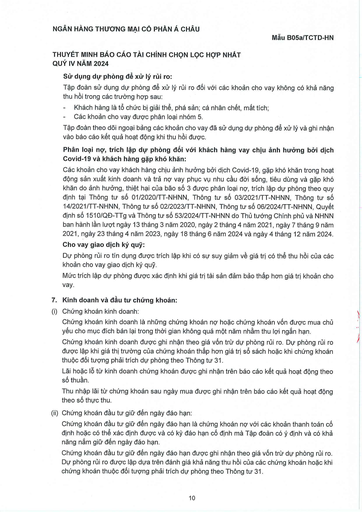
||Tập đoàn sử dụng dự phòng để xử lý rủi ro đối với các khoản cho vay không có khả năng thu hồi trong các trường hợp sau:| |---|---| ||- Khách hàng là tổ chức bị giải thể, phá sản; cá nhân chết, mất tích;| ||Các khoản cho vay được phân loại nhóm 5.| ||Tập đoàn theo dõi ngoại bảng các khoản cho vay đã sử dụng dự phòng để xử lý và ghi nhận vào báo cáo kết quả hoạt động khi thu hồi được.| ||Phân loại nợ, trích lập dự phòng đối với khách hàng chịu ảnh hưởng bởi dịch Covid-19 và khách hàng gặp khó khăn:| ||Các khoản cho vay khách hàng chịu ảnh hưởng bởi dịch Covid-19, gặp khó khăn trong hoạt động sản xuất kinh doanh và trả nợ vay phục vụ nhu cầu đời sống, tiêu dùng và gặp khó khăn do ảnh hưởng, thiệt hại của bão số 3 được phân loại nợ, trích lập dự phòng theo quy định tại Thông tư số 01/2020/TT-NHNN, Thông tư số 03/2021/TT-NHNN, Thông tư số 14/2021/TT-NHNN, Thông tư số 02/2023/TT-NHNN, Thông tư số 06/2024/TT-NHNN Quyết định số 1510/QĐ-TTg và Thông tư số 53/2024/TT-NHNN do Thủ tướng Chính phủ và NHNN ban hành lần lượt ngày 13 tháng 3 năm 2020, ngày 2 tháng 4 năm 2021, ngày 7 tháng 9 năm 2021, ngày 23 tháng 4 năm 2023, ngày 18 tháng 6 năm 2024 và ngày 4 tháng 12 năm 2024.| ||Cho vay giao dịch ký quỹ:| ||Dự phòng rủi ro tín dụng được trích lập khi có sự suy giảm về giá trị có thể thu hồi của các khoản cho vay giao dịch ký quỹ.| ||Mức trích lập dự phòng được xác định khi giá trị tài sản đảm bảo thấp hơn giá trị khoản cho vay.| |7.|Kinh doanh và đầu tư chứng khoán:| |(i)|Chứng khoán kinh doanh:| ||Chứng khoán kinh doanh là những chứng khoán nợ hoặc chứng khoán vốn được mua chủ yếu cho mục đích bán lại trong thời gian không quá một năm nhằm thu lợi ngắn hạn.| ||Chứng khoán kinh doanh được ghi nhận theo giá vốn trừ dự phòng rủi ro. Dự phòng rủi ro được lập khi giá thị trường của chứng khoán thấp hơn giá trị sổ sách hoặc khi chứng khoán thuộc đối tượng phải trích dự phòng theo Thông tư 31.| ||Lãi hoặc lỗ kinh doanh chứng khoán được ghi nhận trên báo cáo kết quả hoạt động theo số thuần.| ||Thu nhập lãi từ chứng khoán sau ngày mua được ghi nhận trên báo cáo kết quả hoạt động theo số thực thu.| |(ii)|Chứng khoán đầu tư giữ đến ngày đáo hạn:| ||Chứng khoán đầu tư giữ đến ngày đáo hạn là chứng khoán nợ với các khoản thanh toán có định hoặc có thể xác định được và có kỳ đáo hạn có định mà Tập đoàn có ý định và có khả năng nắm giữ đến ngày đáo hạn.| ||Chứng khoán đầu tư giữ đến ngày đáo hạn được ghi nhận theo giá vốn trừ dự phòng rủi ro. Dự phòng rủi ro được lập dựa trên đánh giá khả năng thu hồi của các chứng khoán hoặc khi chứng khoán thuộc đối tượng phải trích dự phòng theo Thông tư 31.|